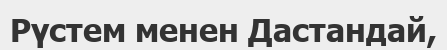
Рүстем менен Дастандай,